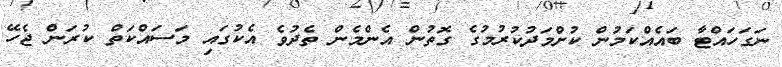
ނަގަހައްޓާ ބައެއްކަމުން ކުށްމަދުކުރުމުގެ ގޮތުން އެންމެން ތެދުވެ އެކުގައި މަސައްކަތް ކުރަން ޖެހޭ